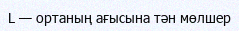
L — ортаның ағысына тән мөлшер